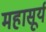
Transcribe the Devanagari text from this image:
महासूर्य